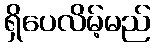
ရှိပေလိမ့်မည်